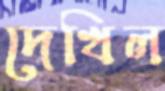
দেখিল